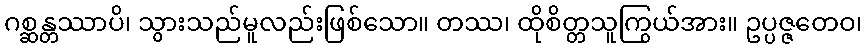
ဂစ္ဆန္တဿာပိ၊ သွားသည်မူလည်းဖြစ်သော။ တဿ၊ ထိုစိတ္တသူကြွယ်အား။ ဥပ္ပဇ္ဇတေဝ၊